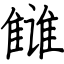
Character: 雠